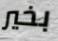
بخير